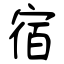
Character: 宿